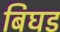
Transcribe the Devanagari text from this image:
बिघड